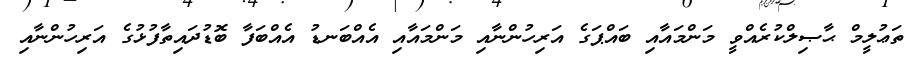
ތަޢުލީމް ޙާޞިލްކުރެއްވީ މަންމައާއި ބައްޕަގެ އަރިހުންނާއި މަންމައާއި އެއްބަނޑު އެއްބަފާ ބޮޑުދައިތާފުޅުގެ އަރިހުންނާއި